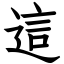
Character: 這